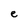
Character: e